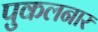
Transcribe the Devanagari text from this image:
पुकलनार